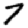
Digit: 7